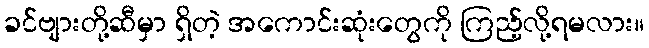
ခင်ဗျားတို့ဆီမှာ ရှိတဲ့ အကောင်းဆုံးတွေကို ကြည့်လို့ရမလား။